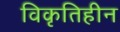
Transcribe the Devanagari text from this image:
विकृतिहीन